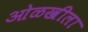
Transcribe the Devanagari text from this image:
ओळखीला